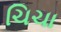
ચિચા